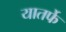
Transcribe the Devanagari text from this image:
यातर्फे